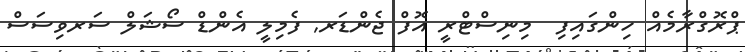
ޕްރޮގްރާމެއް ހިންގައިފި  މިނިސްޓްރީ އޮފް ޖެންޑަރ